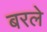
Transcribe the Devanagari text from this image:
बरले